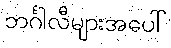
ဘင်္ဂါလီများအပေါ်